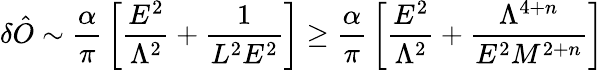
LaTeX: \delta\hat{O}\sim{\frac{\alpha}{\pi}}\left[{\frac{E^{2}}{\Lambda^{2}}}+{\frac{1}{L^{2}E^{2}}}\right]\geq{\frac{\alpha}{\pi}}\left[{\frac{E^{2}}{\Lambda^{2}}}+{\frac{\Lambda^{4+n}}{E^{2}M^{2+n}}}\right]